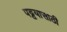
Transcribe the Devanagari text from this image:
पट्टयासाठी